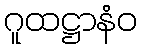
ဂူထဋ္ဌာနံဝ